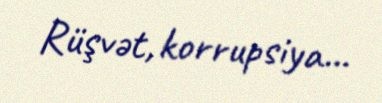
Rüşvət, korrupsiya...